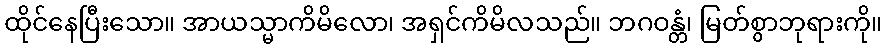
ထိုင်နေပြီးသော။ အာယသ္မာကိမိလော၊ အရှင်ကိမိလသည်။ ဘဂဝန္တံ၊ မြတ်စွာဘုရားကို။